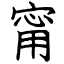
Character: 甯